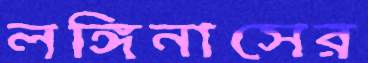
লঙ্গিনাসের